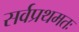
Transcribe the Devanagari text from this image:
सर्वप्रथमतः